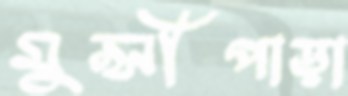
মুন্সীপাড়া